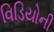
વિડિયોની